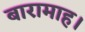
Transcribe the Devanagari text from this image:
बारामाह।